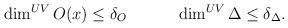
\begin{align*}\dim^{UV} O(x) \leq \delta_O \qquad \quad \dim^{UV} \Delta \leq \delta_\Delta .\end{align*}